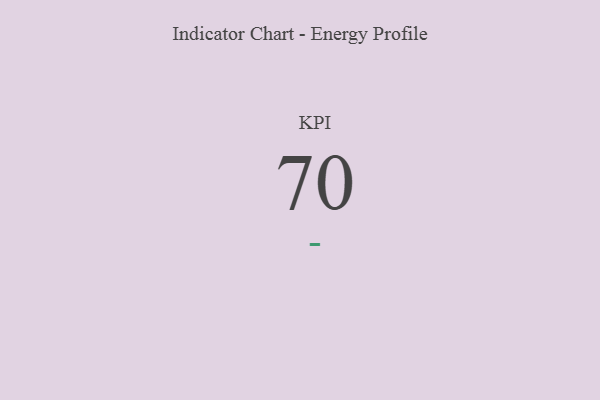
{"axis": {"x": "KPI", "y": "Value"}, "legend": [""], "data": [{"x": "KPI", "y": 70, "type": ""}]}